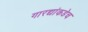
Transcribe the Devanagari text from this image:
गारद्यांकडेच